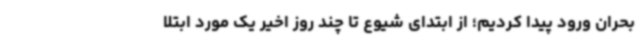
بحران ورود پیدا کردیم؛ از ابتدای شیوع تا چند روز اخیر یک مورد ابتلا